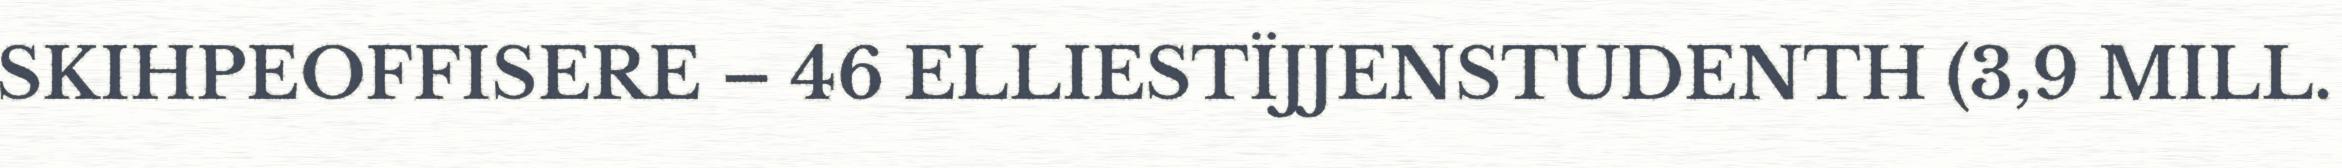
SKIHPEOFFISERE – 46 ELLIESTÏJJENSTUDENTH (3,9 MILL.